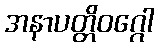
အနာပတ္တိဝဂ္ဂေါ